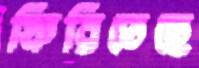
ফিরিতেছে